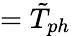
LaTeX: =\tilde{T}_{ph}